Civil Veterinary Dept. North-West Frontier Province 1901-22 - 1901-1922
Year: 1901
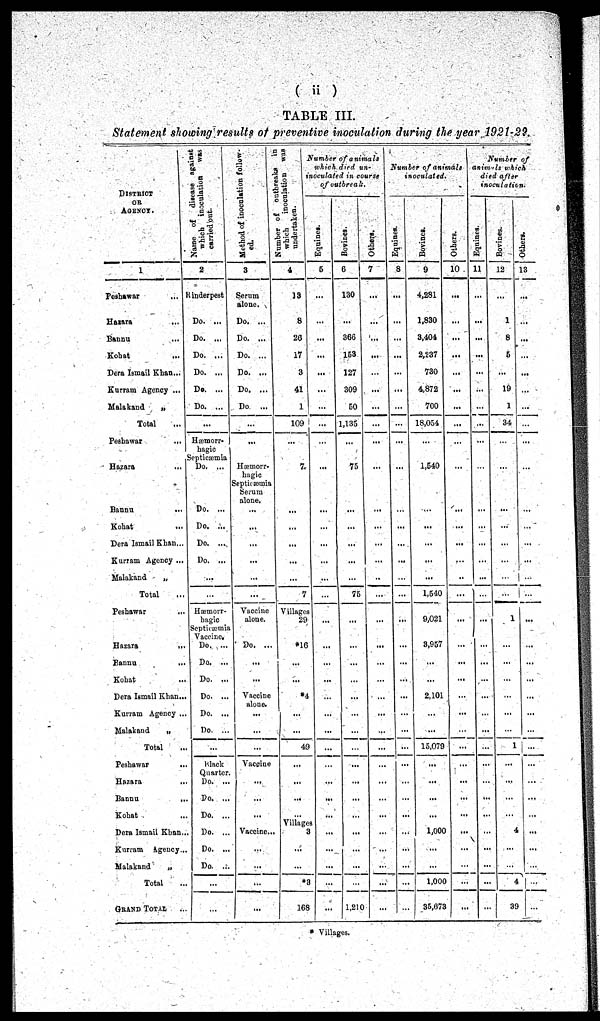
(ii)
TABLE III.
Statement showing results of preventive inoculation during the year 1921-22.
DISTRICT
OR
AGENCY.
1
Peshawar
...
Hazara ...
Bannu
...
Kohat ...
Dera Ismail Khan...
Kurram Agency ...
Malakand
„
Total ...
Peshawar ...
Hazara
...
Bannu
...
Kohat ...
Dera Ismail Khan...
Kurram Agency ...
Malakand
„
Total ...
Peshawar ...
Hazara
...
Bannu
...
Kohat ...
Dera Ismail Khan...
Kurram Agency ...
Malakand „
Total ...
Peshawar
...
Hazara
...
Bannu
...
Kohat ...
Dera Ismail Khan...
Kurram Agency...
Malakand
„
Total ...
GRAND TOTAL ...
Name of disease against
which inoculation
was
carried out.
2
Rinderpest
Do. ...
Do. ...
Do. ...
Do. ...
Do. ...
Do. ...
...
Hæmorr-
hagic
Septicæmia
Do. ...
Do. ...
Do. ...
Do. ...
Do. ...
...
...
Hæmorr-
hagic
Septicæmia
Vaccine.
Do. ...
Do. ...
Do. ...
Do. ...
Do. ...
Do. ...
...
Black
Quarter.
Do. ...
Do. ...
Do. ...
Do. ...
Do. ...
Do. ...
...
...
Method of inoculation follow-
ed.
3
Serum
alone.
Do. ...
Do. ...
Do. ...
Do. ...
Do. ...
Do ...
...
...
Hæmorr-
hagic
Septicæmia
Serum
alone.
...
...
...
...
...
...
Vaccine
alone.
Do. ...
...
...
Vaccine
alone.
...
...
...
Vaccine
...
...
...
Vaccine...
...
...
...
...
Number of
outbreaks in
which
inoculation was
undertaken.
4
13
8
26
17
3
41
1
109
...
7
...
...
...
...
...
7
Villages
29
*16
...
...
*4
...
...
49
...
...
...
...
Villages
3
...
...
*3
168
Number of animals
which died un-
loculated in course
of outbreak.
Equines.
5
...
...
...
...
...
...
...
...
...
...
...
...
...
...
...
...
...
...
...
...
...
...
...
...
...
...
...
...
...
...
...
Bovines.
6
130
...
366
153
127
309
50
1,135
...
75
...
...
...
...
...
75
...
...
...
...
...
...
...
...
...
...
...
...
...
...
...
1,210
Others.
7
...
...
...
...
...
...
...
...
...
...
...
...
...
...
..
...
...
...
...
...
...
...
...
...
...
...
...
...
...
...
...
...
...
Number of animals
inoculated.
Equines.
8
...
...
...
...
...
...
...
...
...
...
...
...
...
...
...
...
...
...
...
...
...
...
...
...
...
...
...
...
...
...
...
...
...
Bovines.
9
4,281
1,830
3,404
2,237
730
4,872
700
18,054
...
1,540
...
...
...
...
...
1,540
9,021
3,957
...
...
2,101
...
...
15,079
...
...
...
...
1,000
...
...
1,000
35,673
Others.
10
...
...
...
...
...
...
...
...
...
...
...
...
...
...
..
...
...
...
...
...
...
...
...
...
...
...
...
...
...
...
...
...
...
Number of
animals which
died after
inoculation.
Equines.
11
...
...
...
...
...
...
...
...
...
...
...
...
...
...
...
...
...
...
...
...
...
...
...
...
...
...
...
...
...
...
...
...
Bovines.
12
...
1
8
5
...
19
1
34
...
...
...
...
...
...
...
...
1
...
...
...
...
...
...
1
...
...
...
...
4
...
...
4
39
Others.
13
...
...
...
...
...
...
...
...
...
...
...
...
...
...
...
...
...
...
...
...
...
...
...
...
...
...
...
...
...
...
...
...
...
* Villages.